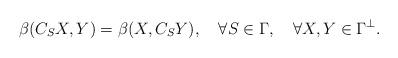
LaTeX: \begin{align*} \beta(C_SX,Y)=\beta(X,C_S Y),\quad\forall S\in\Gamma,\quad\forall X,Y\in\Gamma^\perp.\end{align*}